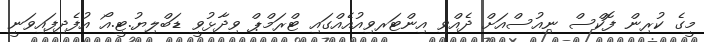
މީގެ ކުރިން ފޮކްސް ނިއުސްއަށް ދެއްވި އިންޓަރވިއުއެއްގައި ޓްރަމްޕް ވިދާޅުވީ ޑަބްލިޔު.ޓީ.އޯ އުފެދިފައިވަނީ